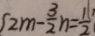
2 m - \frac { 3 } { 2 } n = \frac { 1 } { 2 }